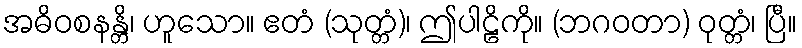
အဓိဝစနန္တိ၊ ဟူသော။ ဧတံ (သုတ္တံ)၊ ဤပါဠိကို။ (ဘဂဝတာ) ဝုတ္တံ၊ ပြီ။